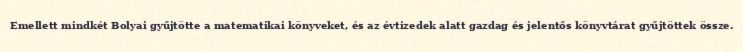
Emellett mindkét Bolyai gyűjtötte a matematikai könyveket, és az évtizedek alatt gazdag és jelentős könyvtárat gyűjtöttek össze.